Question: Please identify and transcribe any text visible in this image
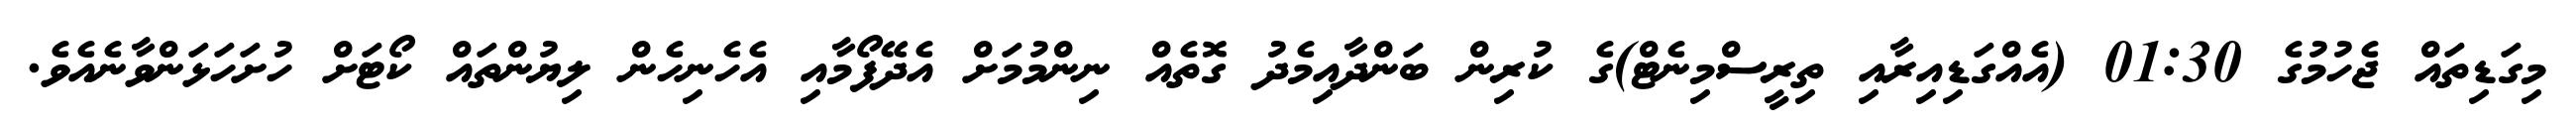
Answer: މިގަޑިތައް ޖެހުމުގެ 01:30 (އެއްގަޑިއިރާއި ތިރީސްމިނެޓް)ގެ ކުރިން ބަންދާއިމެދު ގޮތެއް ނިންމުމަށް އެދޭފޯމާއި އެހެނިހެން ލިޔުންތައް ކޯޓަށް ހުށަހަޅަންވާނެއެވެ.